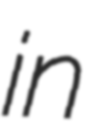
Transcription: in